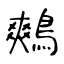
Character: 鷞